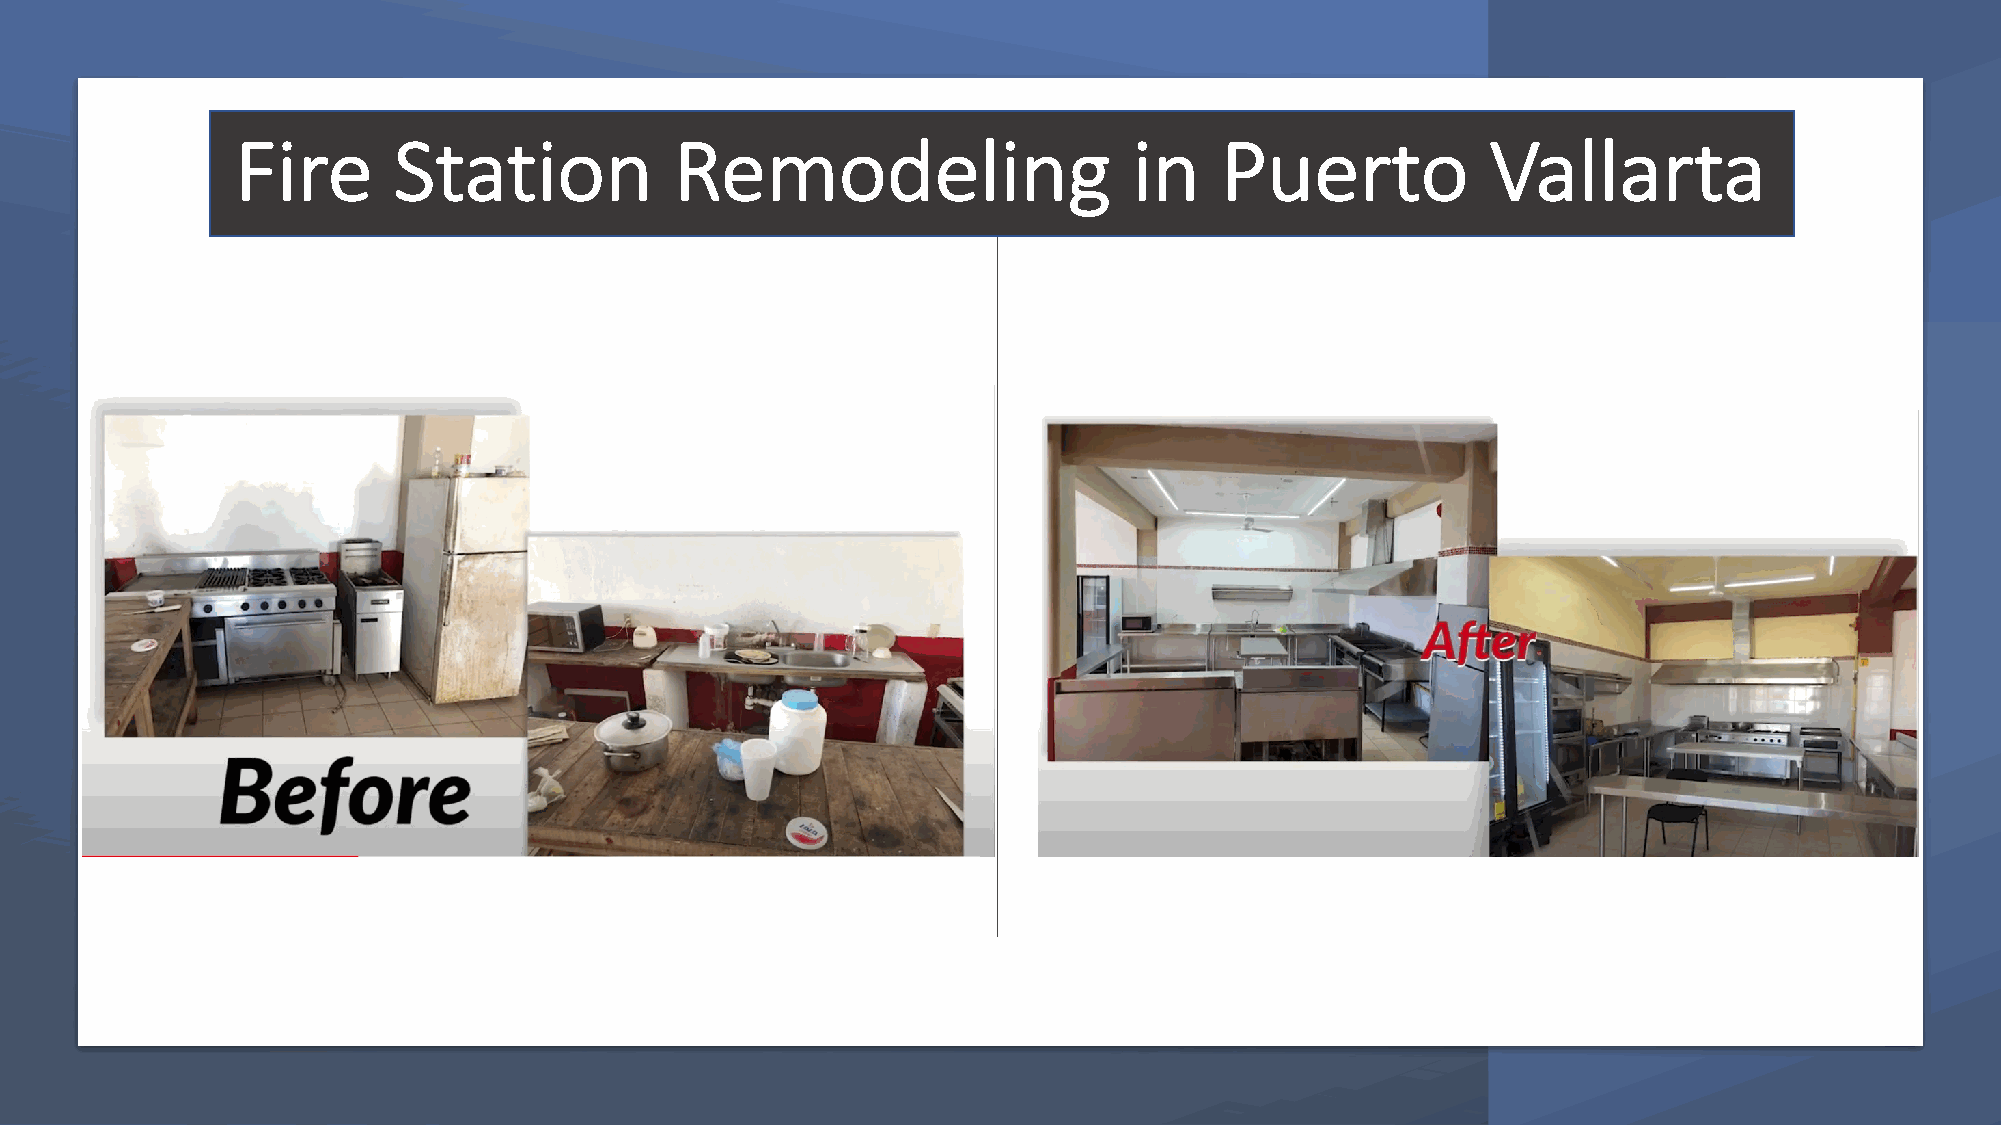
Fire      Station            Remodeling                    in    Puerto            Vallarta